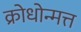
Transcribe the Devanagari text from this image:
क्रोधोन्मत्त